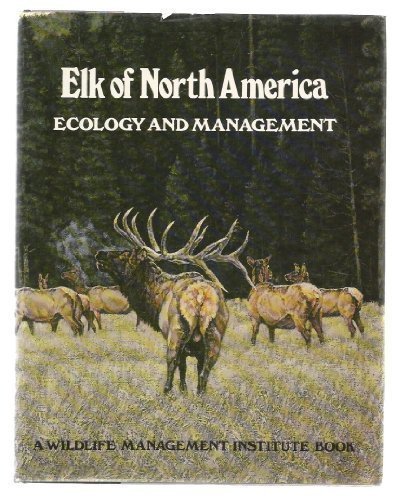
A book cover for Elk of North America; Jack Ward Thomas; Sports & Outdoors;